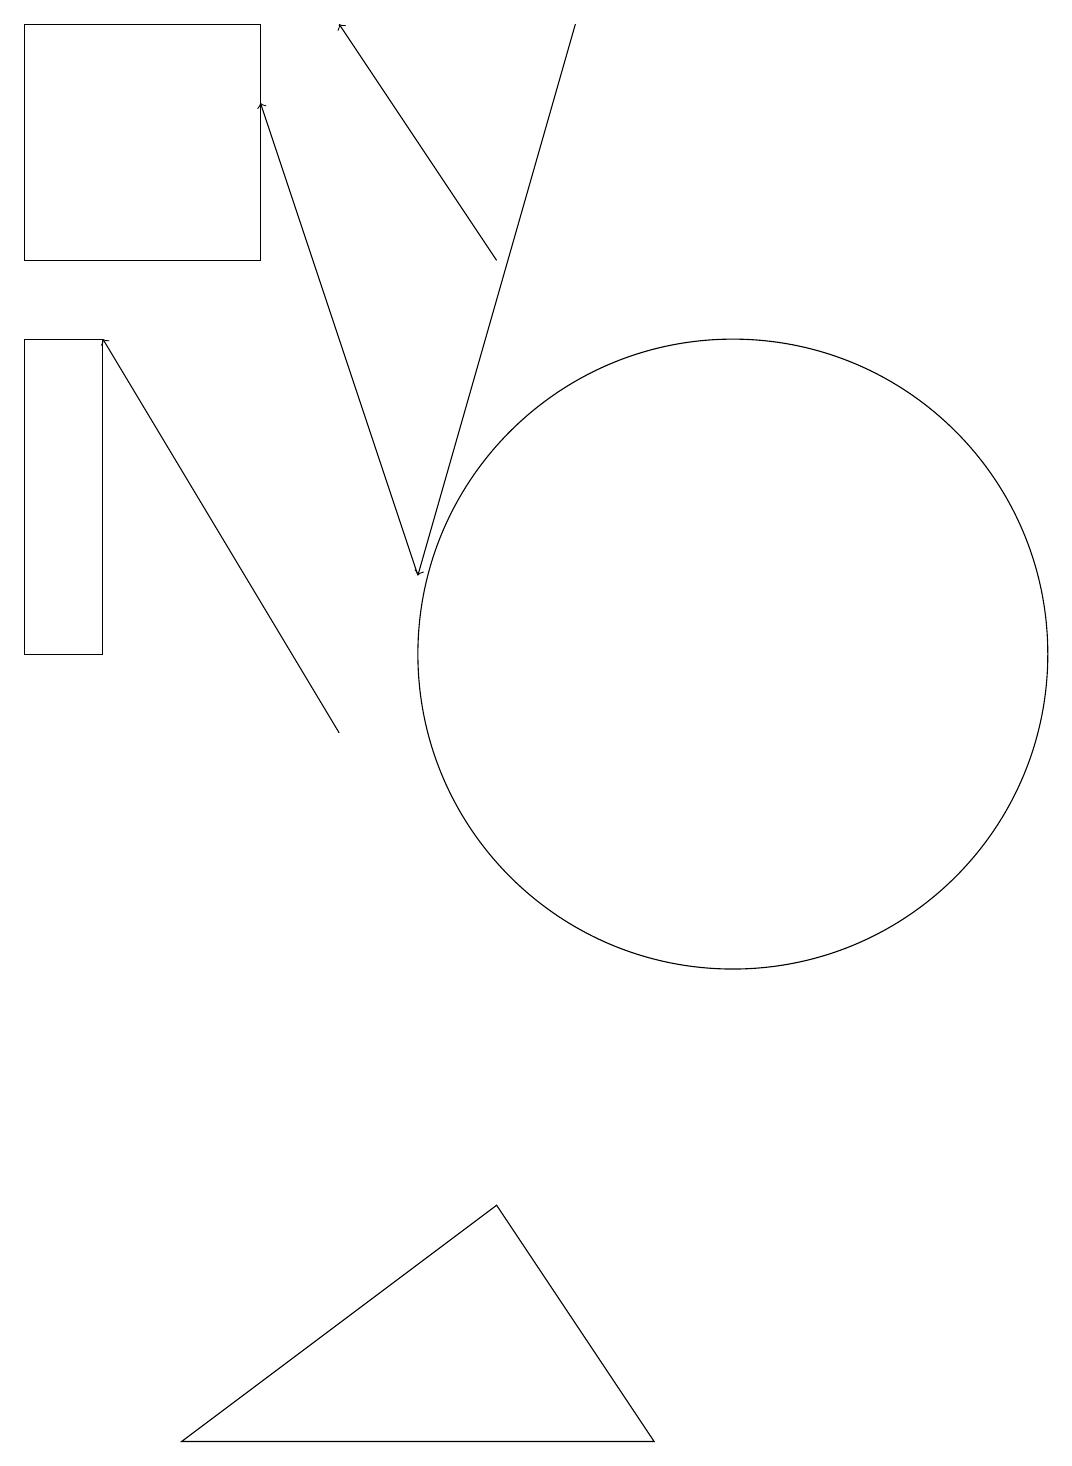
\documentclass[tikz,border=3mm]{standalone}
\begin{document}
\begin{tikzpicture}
\draw (1,19) rectangle (4,16);
\draw (10,11) circle (4);
\draw[->] (7,16) -- (5,19);
\draw[->] (6,12) -- (4,18);
\draw[->] (5,10) -- (2,15);
\draw (2,11) rectangle (1,15);
\draw[->] (8,19) -- (6,12);
\draw (3,1) -- (9,1) -- (7,4) -- cycle;
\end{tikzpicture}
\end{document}